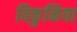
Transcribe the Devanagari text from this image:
विकुनिया